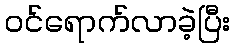
ဝင်ရောက်လာခဲ့ပြီး